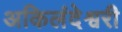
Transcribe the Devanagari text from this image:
अकिलंदेश्वरी